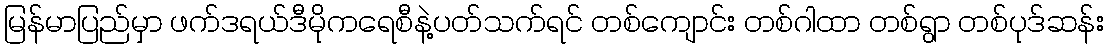
မြန်မာပြည်မှာ ဖက်ဒရယ်ဒီမိုကရေစီနဲ့ပတ်သက်ရင် တစ်ကျောင်း တစ်ဂါထာ တစ်ရွာ တစ်ပုဒ်ဆန်း